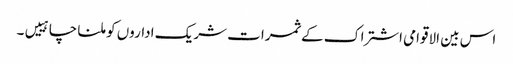
اس بین الاقوامی اشتراک کے ثمرات شریک اداروں کو ملنا چاہییں۔